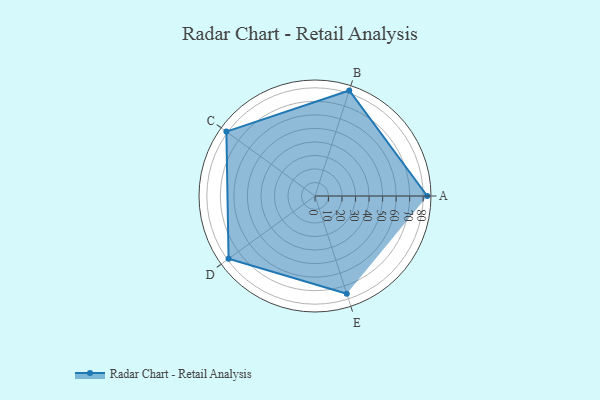
{"axis": {"x": "Skill", "y": "Score"}, "legend": ["Profile"], "data": [{"x": "A", "y": 83.0, "type": "Profile"}, {"x": "B", "y": 82.0, "type": "Profile"}, {"x": "C", "y": 81.0, "type": "Profile"}, {"x": "D", "y": 79.0, "type": "Profile"}, {"x": "E", "y": 76.0, "type": "Profile"}]}